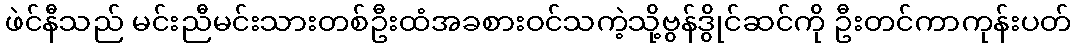
ဖဲင်နီသည် မင်းညီမင်းသားတစ်ဦးထံအခစားဝင်သကဲ့သို့ဗွန်ဒွိုင်ဆင်ကို ဦးတင်ကာကုန်းပတ်